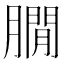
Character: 𦠥